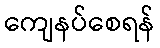
ကျေနပ်စေရန်